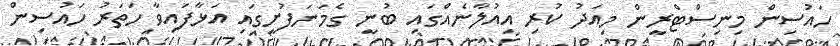
ހައުސިން މިނިސްޓްރީން މިއަދު ކުރި އިއުލާނެއްގައި ބުނީ ގެމަނަފުށީގައި އަޅާފައިވާ ހަތަރު ހައުސިން